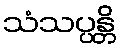
သံသပ္ပန္တိ